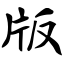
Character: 版